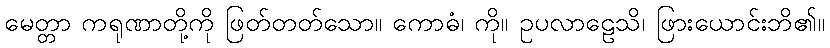
မေတ္တာ ကရုဏာတို့ကို ဖြတ်တတ်သော။ ကောဓံ၊ ကို။ ဥပလာဠေသိ၊ ဖြားယောင်းဘိ၏။